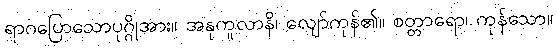
ရာဂပြောသောပုဂ္ဂိုအား။ အနုကူလာနိ၊ လျော်ကုန်၏။ စတ္တာရော၊ ကုန်သော။